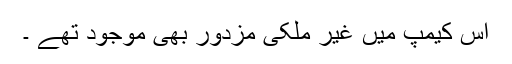
اس کیمپ میں غیر ملکی مزدور بھی موجود تھے ۔